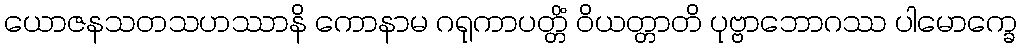
ယောဇနသတသဟဿာနိ ကောနာမ ဂရုကာပတ္တိံ ဝိယတ္တာတိ ပုဗ္ဗာဘောဂဿ ပါမောက္ခေ